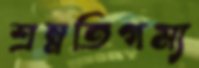
শ্রম্নতিগম্য